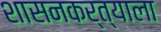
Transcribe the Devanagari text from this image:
शासनकर्त्याला